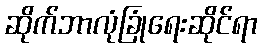
ဆိုက်ဘာလုံခြုံရေးဆိုင်ရာ